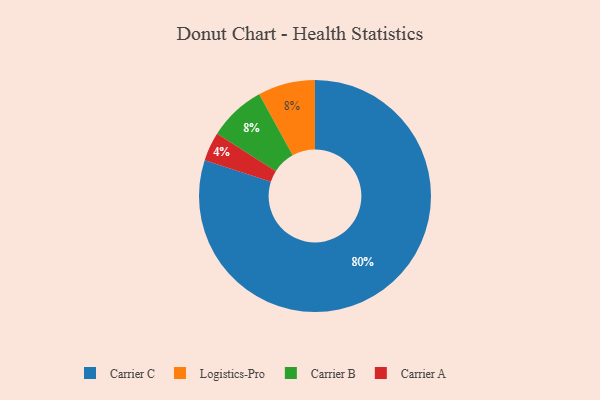
{"axis": {"x": "Category", "y": "Percentage"}, "legend": ["Carrier A", "Carrier B", "Carrier C", "Logistics-Pro"], "data": [{"x": "Carrier A", "y": 4, "type": "Carrier A"}, {"x": "Logistics-Pro", "y": 8, "type": "Logistics-Pro"}, {"x": "Carrier B", "y": 8, "type": "Carrier B"}, {"x": "Carrier C", "y": 80, "type": "Carrier C"}]}